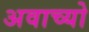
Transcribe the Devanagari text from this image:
अवाच्यो